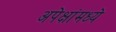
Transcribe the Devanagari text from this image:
अपेक्षांमध्ये